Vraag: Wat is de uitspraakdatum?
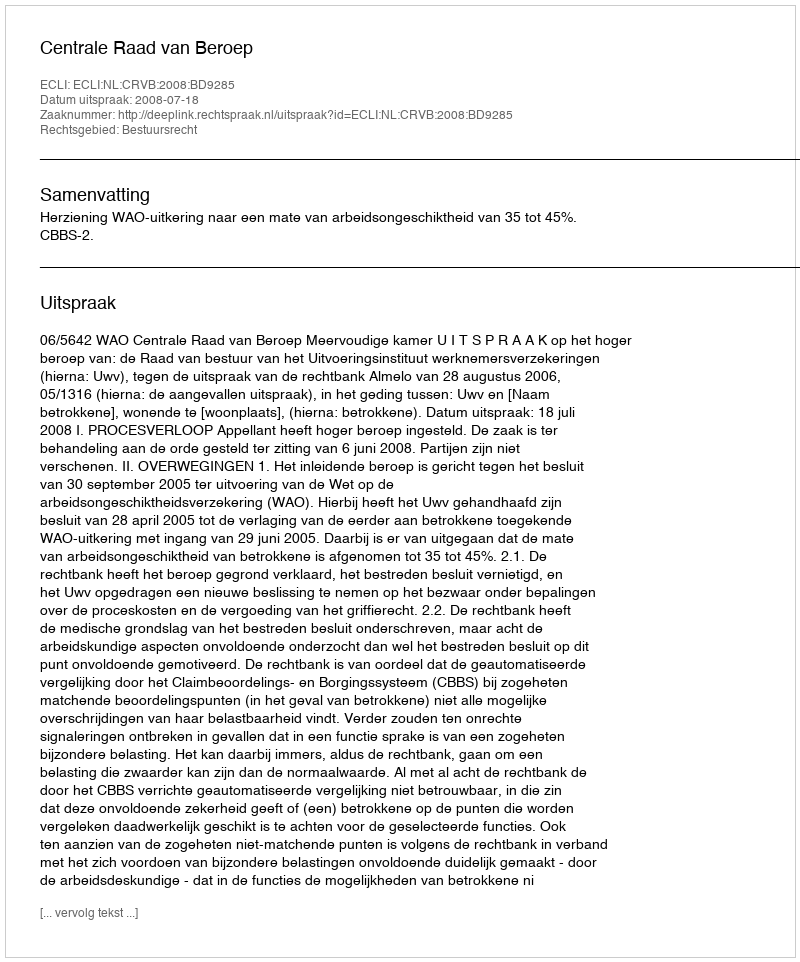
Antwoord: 2008-07-18